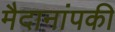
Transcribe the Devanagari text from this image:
मैदानांपकी